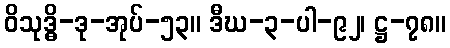
ဝိသုဒ္ဓိ-ဒု-အုပ်-၅၃။ ဒီဃ-၃-ပါ-၉၂၊ ဋ္ဌ-၇၈။